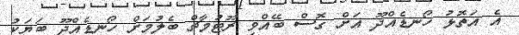
އެ އަތޮޅު ހޯނޑެއްދޫ އަށް ގޮސް ބޭއްވި ރޫޓުމާޗް ބެލުމަށް ހޯނޑެއްދޫ ބަޔަކު